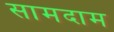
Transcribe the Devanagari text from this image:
सामदाम